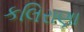
કલિરાણા